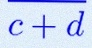
\frac{a+b}{c+d}